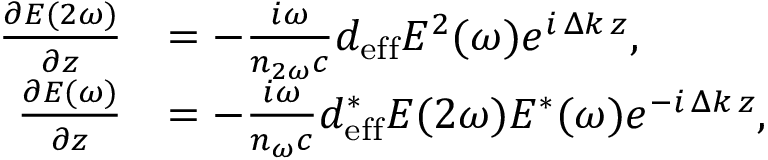
{ \begin{array} { r l } { { \frac { \partial E ( 2 \omega ) } { \partial z } } } & { = - { \frac { i \omega } { n _ { 2 \omega } c } } d _ { \mathrm { e f f } } E ^ { 2 } ( \omega ) e ^ { i \, \Delta k \, z } , } \\ { { \frac { \partial E ( \omega ) } { \partial z } } } & { = - { \frac { i \omega } { n _ { \omega } c } } d _ { \mathrm { e f f } } ^ { * } E ( 2 \omega ) E ^ { * } ( \omega ) e ^ { - i \, \Delta k \, z } , } \end{array} }